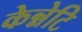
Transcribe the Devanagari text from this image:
केन्नेटि